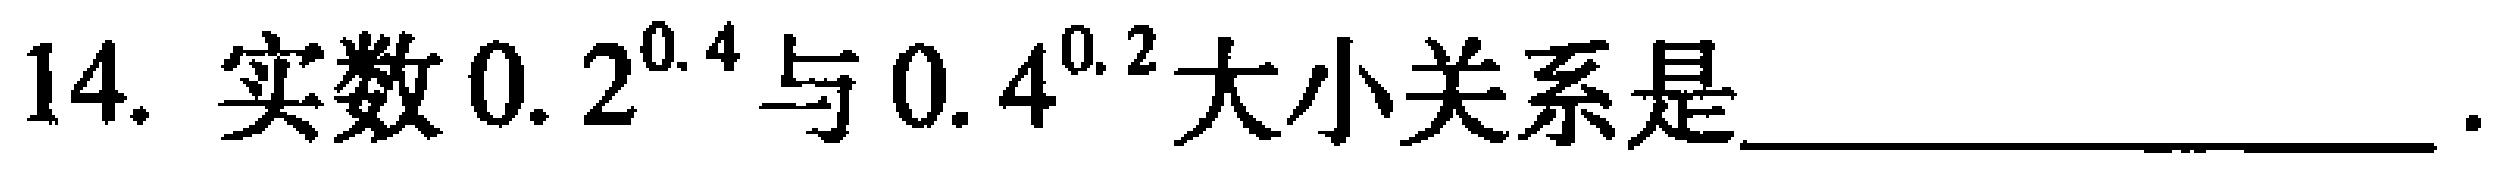
14. 实数 \(0.2^{0.4}\) 与 \(0.4^{0.2}\) 大小关系是____________________.